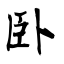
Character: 卧